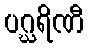
ပဂ္ဃရိဏီ